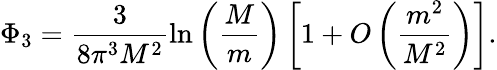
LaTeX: \Phi_{3}=\frac{3}{8\pi^{3}M^{2}}\ln\left(\frac{M}{m}\right)\left[1+O\left(\frac{m^{2}}{M^{2}}\right)\right].